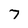
Character: 7